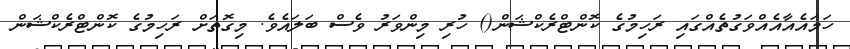
ހަމައެއާއެއްވަގުތެއްގައި ރަހިމުގެ ކޮންޓްރެކްޝަން() ހުރި މިންވަރު ވެސް ބަލައެވެ. މިގޮތަށް ރަހިމުގެ ކޮންޓްރެކްޝަން